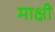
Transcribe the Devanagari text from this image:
माक्षी